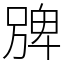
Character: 㗗